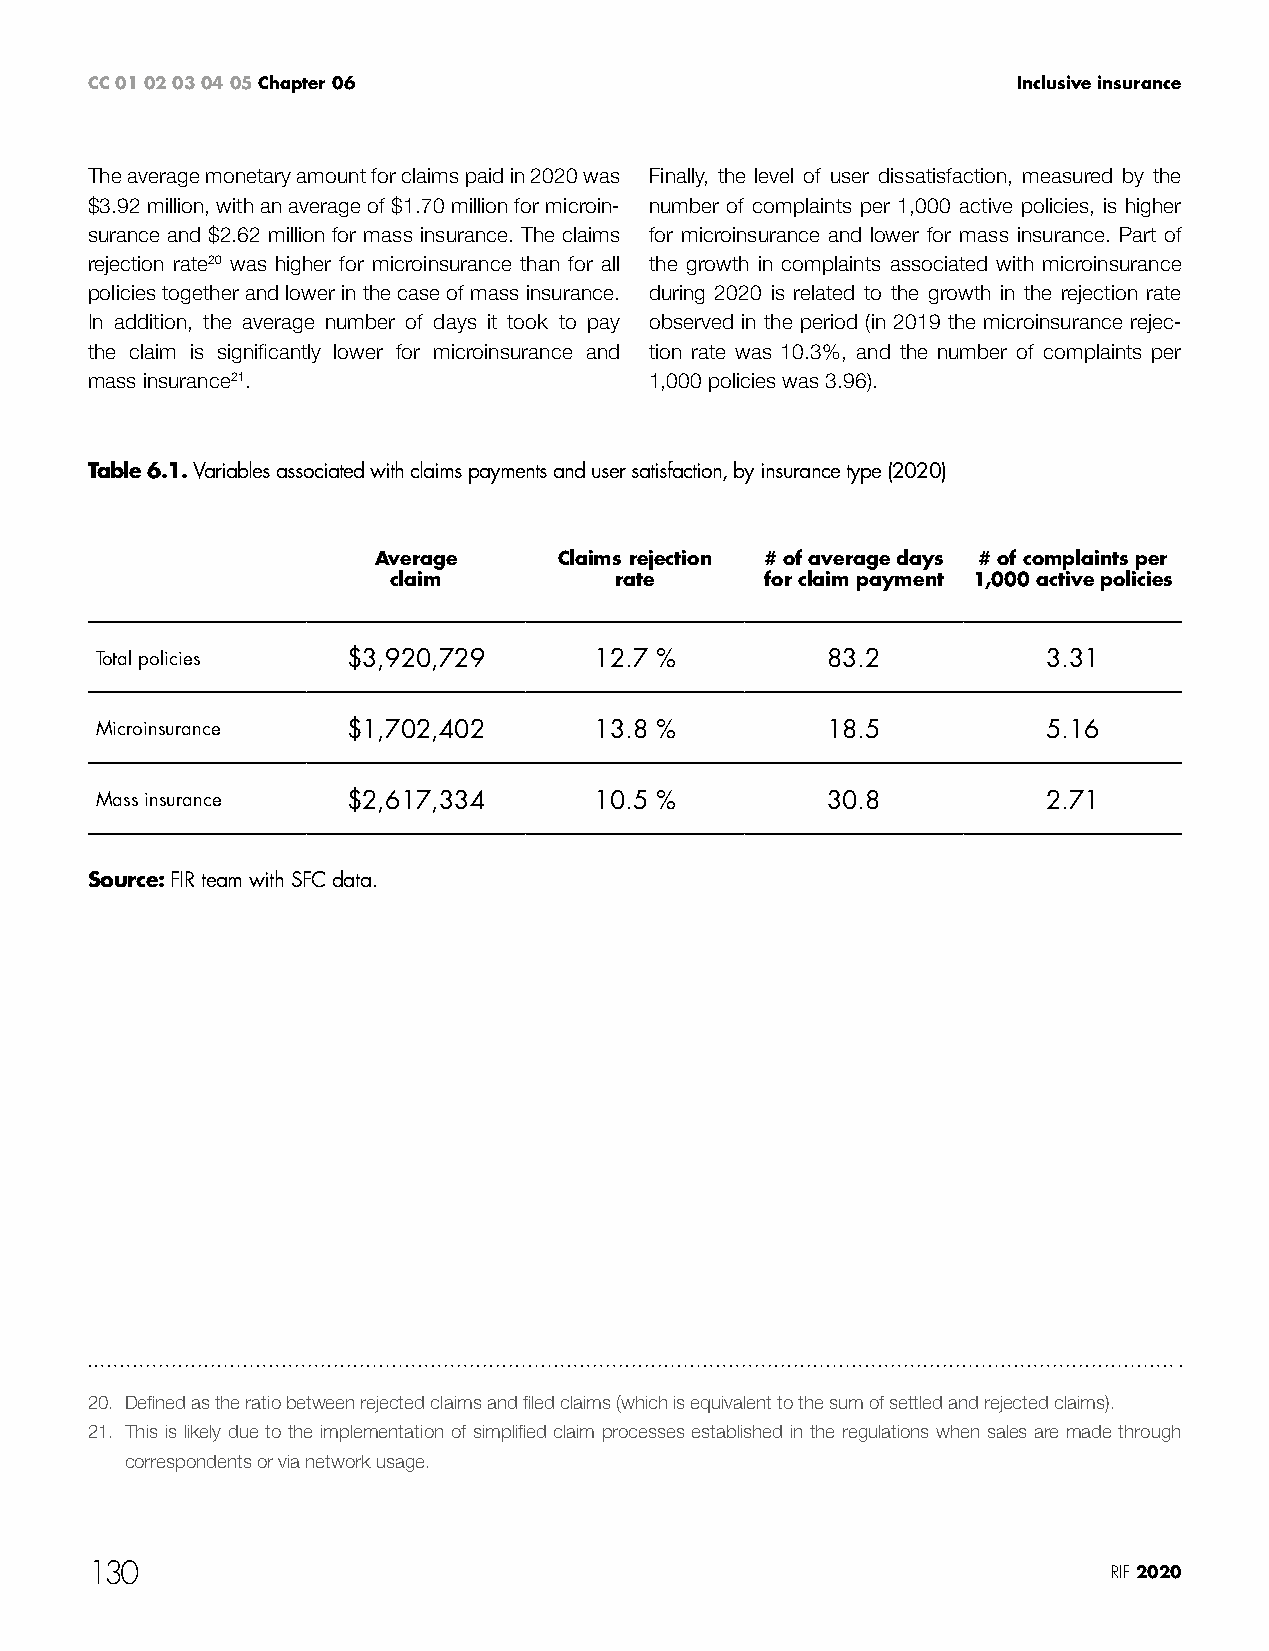
CC 01 02 03 04 05 Chapter 06                                 Inclusive insurance
 The average monetary amount for claims paid in 2020 was Finally, the level of user dissatisfaction, measured by the
 $3.92 million, with an average of $1.70 million for microin- number of complaints per 1,000 active policies, is higher
 surance and $2.62 million for mass insurance. The claims for microinsurance and lower for mass insurance. Part of
 rejection rate20 was higher for microinsurance than for all the growth in complaints associated with microinsurance
 policies together and lower in the case of mass insurance. during 2020 is related to the growth in the rejection rate
 In addition, the average number of days it took to pay observed in the period (in 2019 the microinsurance rejec-
 the claim is significantly lower for microinsurance and tion rate was 10.3%, and the number of complaints per
 mass insurance21.                    1,000 policies was 3.96).
 Table 6.1. Variables associated with claims payments and user satisfaction, by insurance type (2020)
 Average     Claims rejection # of average days # of complaints per
 claim          rate      for claim payment 1,000 active policies
 Total policies   $3,920,729      12.7 %          83.2          3.31
 Microinsurance   $1,702,402      13.8 %          18.5          5.16
 Mass insurance   $2,617,334      10.5 %          30.8          2.71
 Source: FIR team with SFC data.
 20. Defined as the ratio between rejected claims and filed claims (which is equivalent to the sum of settled and rejected claims).
 21. This is likely due to the implementation of simplified claim processes established in the regulations when sales are made through
 correspondents or via network usage.
 130                                                                 RIF 2020